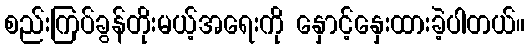
စည်းကြပ်ခွန်တိုးမယ့်အရေးကို နှောင့်နှေးထားခဲ့ပါတယ်။